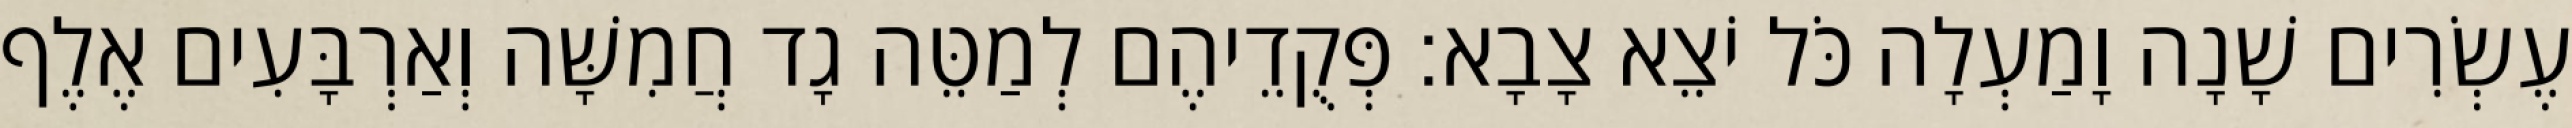
עֶשְׂרִים שָׁנָה וָמַעְלָה כֹּל יֹצֵא צָבָא׃ פְּקֻדֵיהֶם לְמַטֵּה גָד חֲמִשָּׁה וְאַרְבָּעִים אֶלֶף